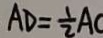
A D = \frac { 1 } { 2 } A C